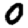
Digit: 0